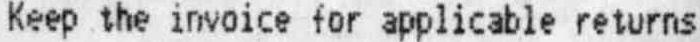
KEEP THE INVOICE FOR APPLICABLE RETURNS